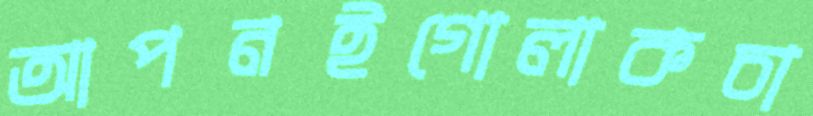
আপনইগোলাকচা